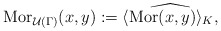
\begin{align*}\mathrm {Mor}_{\mathcal U(\Gamma)}(x,y):=\widehat{\langle\mathrm {Mor}(x,y)\rangle_K,}\end{align*}